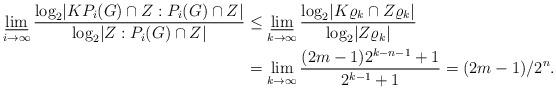
LaTeX: \begin{align*} \varliminf_{i \to \infty} \frac{\log_2 \lvert K P_i(G) \cap Z : P_i(G) \cap Z \rvert}{\log_2 \lvert Z : P_i(G) \cap Z \rvert} & \le \varliminf_{k \to \infty} \frac{\log_2 \lvert K \varrho_k \cap Z \varrho_k \rvert}{\log_2 \lvert Z \varrho_k \rvert}\\ & = \lim_{k \to \infty} \frac{(2m-1) 2^{k-n-1} + 1}{2^{k-1}+1} = (2m-1)/2^n. \end{align*}